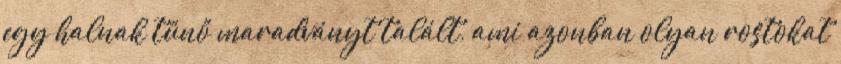
egy halnak tűnő maradványt talált, ami azonban olyan rostokat